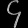
Digit: ၄